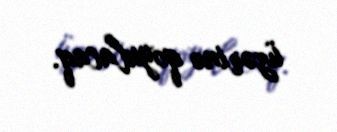
üzərinə qoyulacaq.